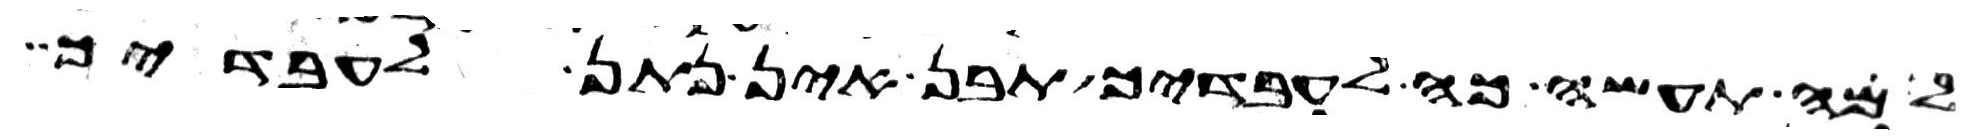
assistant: למה תעשה כה לעבדיך תבן אין נתן לעבדיך